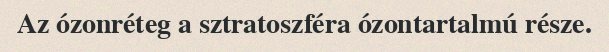
Az ózonréteg a sztratoszféra ózontartalmú része.